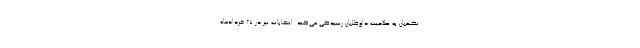
نگهبان به صلاحیت داوطلبان رسیدگی می‌کند. انتخابات نیز در ۲۷ خردادماه